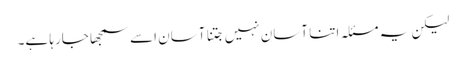
لیکن یہ مسئلہ اتنا آسان نہیں جتنا آسان اسے سمجھا جارہا ہے۔